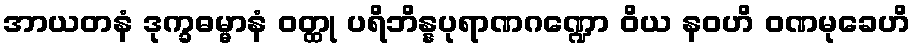
အာယတနံ ဒုက္ခဓမ္မာနံ ဝတ္ထု ပရိဘိန္နပုရာဏဂဏ္ဍော ဝိယ နဝဟိ ဝဏမုခေဟိ